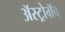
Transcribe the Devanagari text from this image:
अॅस्ट्रोग्रॅव